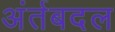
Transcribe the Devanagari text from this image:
अंर्तबदल